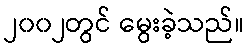
၂၀၀၂တွင် မွေးခဲ့သည်။